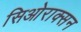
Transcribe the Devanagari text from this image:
सिओराक्सन